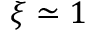
\xi \simeq 1